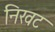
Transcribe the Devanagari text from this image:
निखट